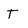
Character: T